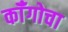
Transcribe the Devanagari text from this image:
कॉँगोचा